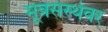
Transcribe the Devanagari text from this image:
मूत्रसंस्थेवर